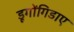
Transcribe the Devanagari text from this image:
डूगोंगिडाए